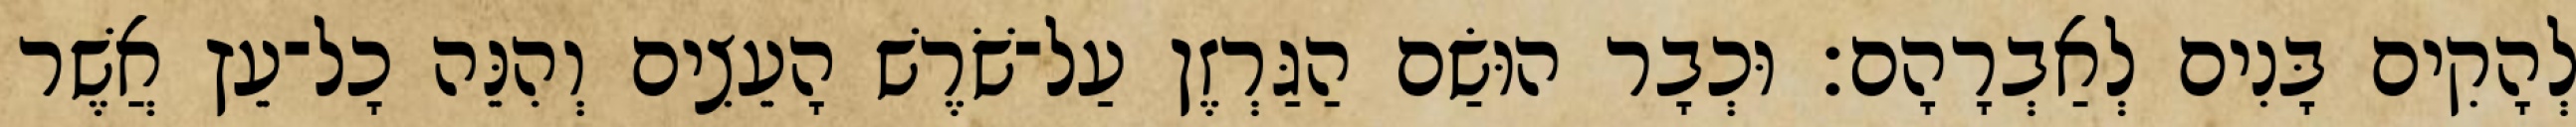
לְהָקִים בָּנִים לְאַבְרָהָם׃ וּכְבָר הוּשַׂם הַגַּרְזֶן עַל־שֹׁרֶשׁ הָעֵצִים וְהִנֵּה כָל־עֵץ אֲשֶׁר